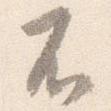
不